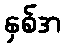
နှစ်အ